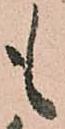
も